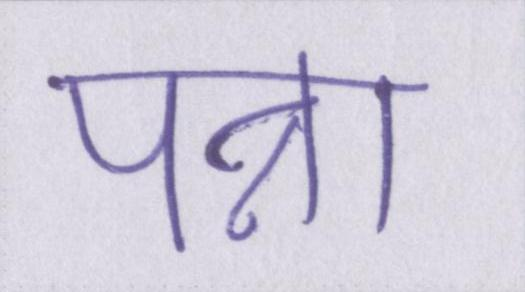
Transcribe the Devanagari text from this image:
पन्ना